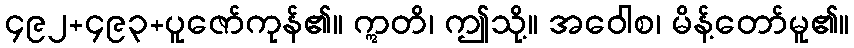
၄၉၂+၄၉၃+ပူဇော်ကုန်၏။ ဣတိ၊ ဤသို့။ အဝေါစ၊ မိန့်တော်မူ၏။